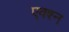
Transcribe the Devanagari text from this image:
एक्श्‍न